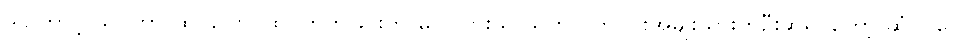
ဒါကြောင့် သင်ဟာ ထိပ်ပြောင်ထိပ်ကွက်ခြင်းကို မလိုလားသူ သက်လတ်ပိုင်းအမျိုးသားတဦးဆိုရင်တော့ ဆံပင်တွေ